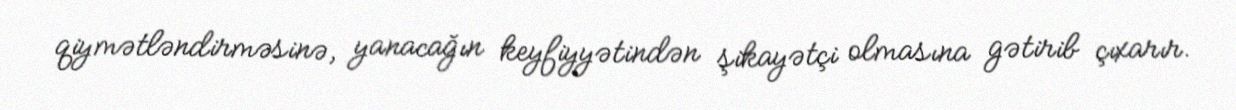
qiymətləndirməsinə, yanacağın keyfiyyətindən şikayətçi olmasına gətirib çıxarır.